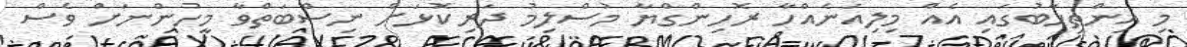
މި އިންތިހާބުގައި އެއް މިލިއަނެއްހާ ރޮހިންގްޔާ މުސްލިމު ދަރިކޮޅަށް ނިސްބަތްވާ މީހުންނަށް ވެސް